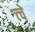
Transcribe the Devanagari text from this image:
त्चे